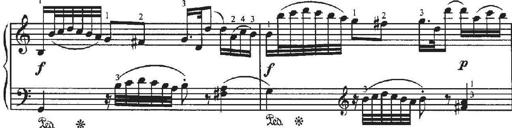
Title: Sonatina No.4 in C major
Composer: Georg Benda
Key: C major